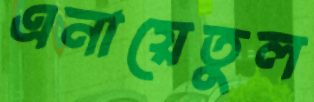
এনায়েতুল